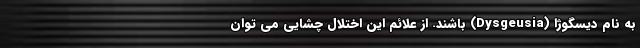
به نام دیسگوژا (Dysgeusia) باشند. از علائم این اختلال چشایی می توان